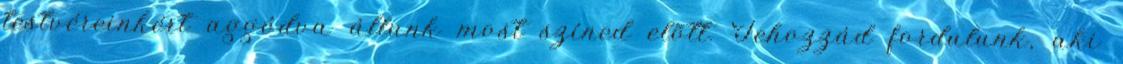
testvéreinkért aggódva állunk most színed elõtt. Tehozzád fordulunk, aki